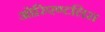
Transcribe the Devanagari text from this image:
ओरिएण्टलिस